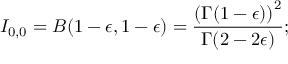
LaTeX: I _ { 0 , 0 } = B ( 1 - \epsilon , 1 - \epsilon ) = { \frac { \left( { \Gamma ( 1 - \epsilon ) } \right) ^ { 2 } } { \Gamma ( 2 - 2 \epsilon ) } } ;